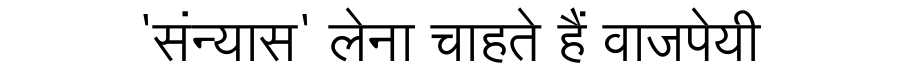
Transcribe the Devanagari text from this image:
'संन्यास' लेना चाहते हैं वाजपेयी